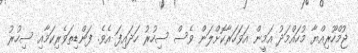
ޖުމްހޫރިއްޔާ މުހައްމަދު އަމީން އަވަހަރާކޮށްލަން ވެސް ސިހުރު ހަދައިފަ އެވެ. ފަންޑިތަވެރިކަމާއި ސިހުރު